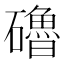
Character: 𥗆